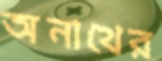
অনাথের